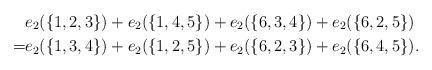
LaTeX: \begin{align*}&e_2(\{1,2,3\})+e_2(\{1,4,5\})+e_2(\{6,3,4\})+e_2(\{6,2,5\})\\=&e_2(\{1,3,4\})+e_2(\{1,2,5\})+e_2(\{6,2,3\})+e_2(\{6,4,5\}).\end{align*}